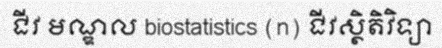
ជីវ មណ្ឌល biostatistics (n) ជីវស្ថិតិវិទ្យា